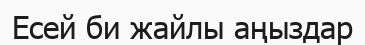
Есей би жайлы аңыздар